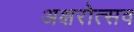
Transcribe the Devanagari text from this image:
अक्षरोत्सव